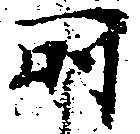
所